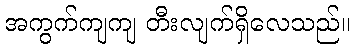
အကွက်ကျကျ တီးလျက်ရှိလေသည်။